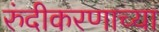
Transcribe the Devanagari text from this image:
रुंदीकरणाच्या